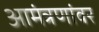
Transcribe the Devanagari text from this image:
आमंत्रणांवर